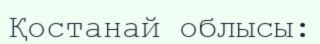
Қостанай облысы: